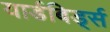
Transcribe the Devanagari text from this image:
यार्डबिर्ड्स